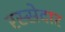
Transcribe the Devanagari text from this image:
रस्सेदार